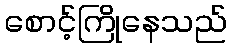
စောင့်ကြိုနေသည်